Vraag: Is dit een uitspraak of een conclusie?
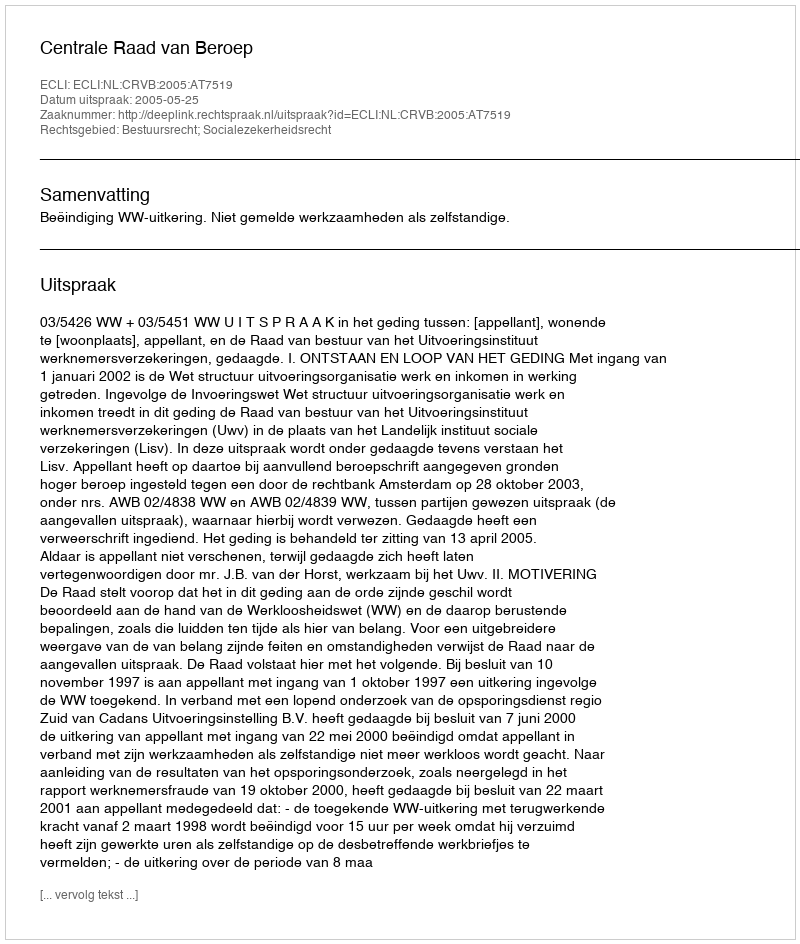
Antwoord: Uitspraak